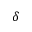
\delta